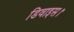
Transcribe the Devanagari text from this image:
डिवाइस।